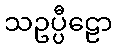
သဥပ္ပီဠော